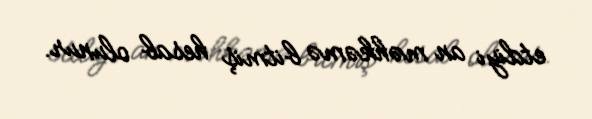
etdiyi an məhkəmə bitmiş hesab olunur.